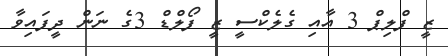
ޒީ ފްލިޕް 3 އާއި ގެލެކްސީ ޒީ ފޯލްޑް 3ގެ ނަން ދީފައިވާ